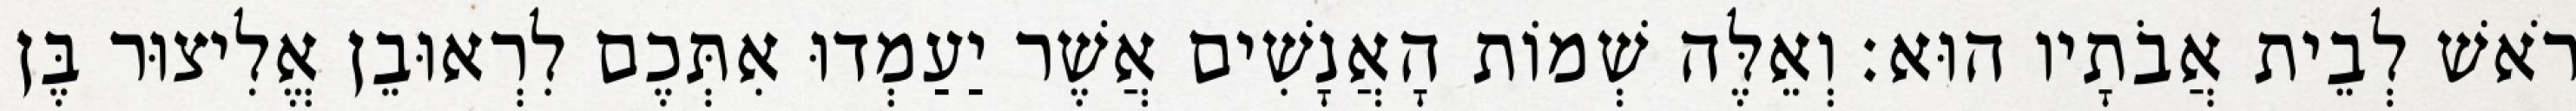
רֹאשׁ לְבֵית אֲבֹתָיו הוּא׃ וְאֵלֶּה שְׁמוֹת הָאֲנָשִׁים אֲשֶׁר יַעַמְדוּ אִתְּכֶם לִרְאוּבֵן אֱלִיצוּר בֶּן